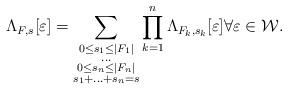
LaTeX: \begin{align*}\Lambda_{F,s}[\varepsilon] = \sum_{\substack{0 \leq s_1 \leq |F_1| \\ \ldots \\ 0 \leq s_n \leq |F_n| \\s_1+\ldots +s_n =s}}\prod_{k=1}^n\Lambda_{F_k,s_k}[\varepsilon] \forall \varepsilon \in \mathcal{W}.\end{align*}